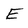
Character: E